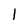
Character: l